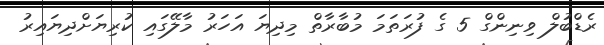
ރެޑްބުލް ވިނިންގް 5 ގެ ފުރަތަމަ މުބާރާތް މިދިޔަ އަހަރު މާލޭގައި ކުރިޔަށްދިޔައިރު